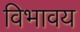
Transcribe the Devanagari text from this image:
विभावय